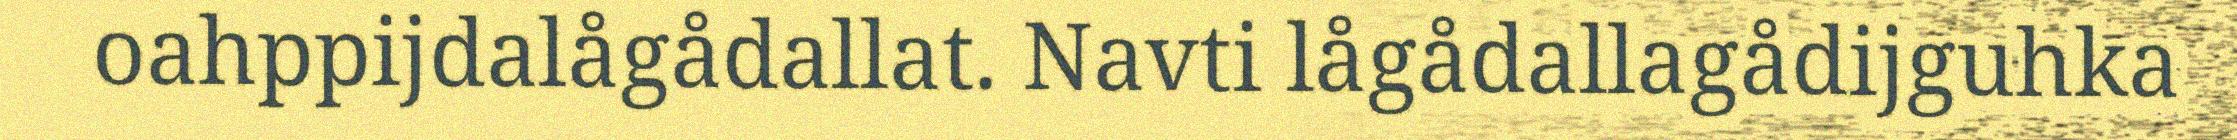
oahppijdalågådallat. Navti lågådallagådijguhka